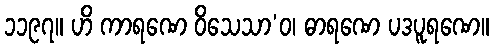
၁၁၉၇။ ဟိ ကာရဏေ ဝိသေသာ’ဝ၊ ဓာရဏေ ပဒပူရဏေ။